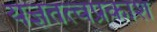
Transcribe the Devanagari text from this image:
यज्ञतत्वप्रकाश